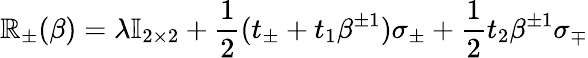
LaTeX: \mathbb{R}_{\pm}(\beta)=\lambda\mathbb{{I}}_{2\times2}+\frac{{1}}{{2}}(t_{\pm}+t_{1}\beta^{\pm1})\sigma_{\pm}+\frac{{1}}{{2}}t_{2}\beta^{\pm1}\sigma_{\mp}